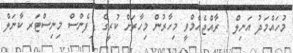
މުހައްމަދު އަނިލް / ރާއްޖެއެމްވީ މިހާރުން މިހާރަށް ކުރީގެ ޑިފެންސް މިނިސްޓަރ ކާނަލް